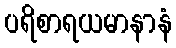
ပရိစာရယမာနာနံ